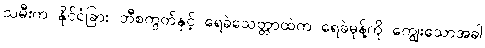
သမီးက နိုင်ငံခြား ဘီစကွတ်နှင့် ရေခဲသေတ္တာထဲက ရေခဲမုန့်ကို ကျွေးသောအခါ